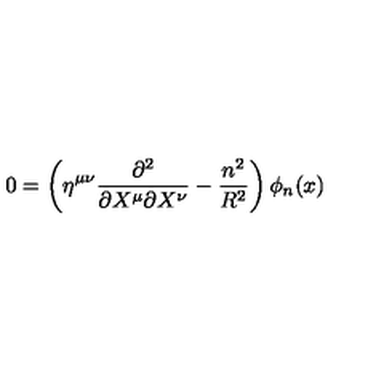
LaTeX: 0 = \left( \eta ^ { \mu \nu } \frac { \partial ^ { 2 } } { \partial X ^ { \mu } \partial X ^ { \nu } } - \frac { n ^ { 2 } } { R ^ { 2 } } \right) \phi _ { n } ( x )